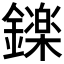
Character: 𮣏